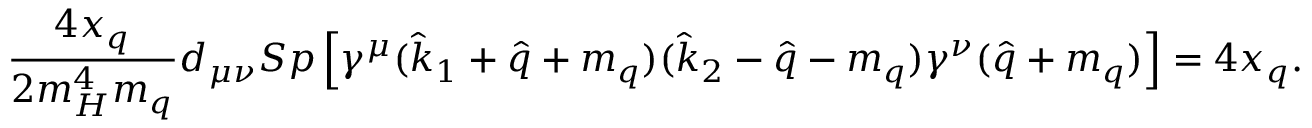
\frac { 4 x _ { q } } { 2 m _ { H } ^ { 4 } m _ { q } } d _ { \mu \nu } S p \left[ \gamma ^ { \mu } ( { \hat { k } _ { 1 } } + { \hat { q } } + m _ { q } ) ( { \hat { k } _ { 2 } } - { \hat { q } } - m _ { q } ) \gamma ^ { \nu } ( { \hat { q } } + m _ { q } ) \right] = 4 x _ { q } .